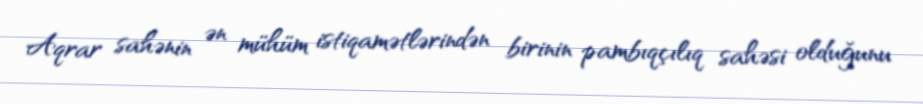
Aqrar sahənin ən mühüm istiqamətlərindən birinin pambıqçılıq sahəsi olduğunu